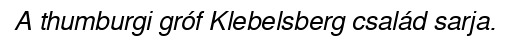
A thumburgi gróf Klebelsberg család sarja.